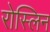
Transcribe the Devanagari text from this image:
रोस्लिन